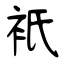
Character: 衹